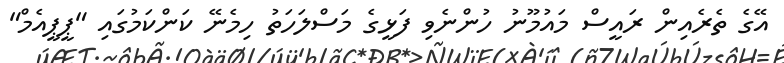
އޭގެ ތެރެއިން ރައީސް މައުމޫނު ހުންނެވި ފަޅީގެ މަސްލަހަތު ހިމެނޭ ކަންކަމުގައި "ޕީޕީއެމް"